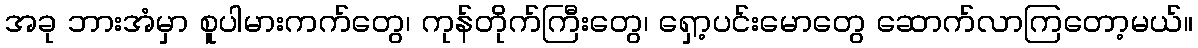
အခု ဘားအံမှာ စူပါမားကက်တွေ၊ ကုန်တိုက်ကြီးတွေ၊ ရှော့ပင်းမောတွေ ဆောက်လာကြတော့မယ်။